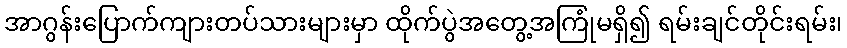
အာဂွန်းပြောက်ကျားတပ်သားများမှာ ထိုက်ပွဲအတွေ့အကြုံမရှိ၍ ရမ်းချင်တိုင်းရမ်း၊